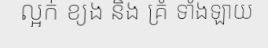
ល្អក់ ខ្យង និង គ្រំ ទាំងឡាយ